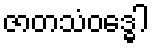
ဇာတသံဝဒ္ဓေါ